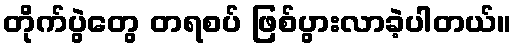
တိုက်ပွဲတွေ တရစပ် ဖြစ်ပွားလာခဲ့ပါတယ်။